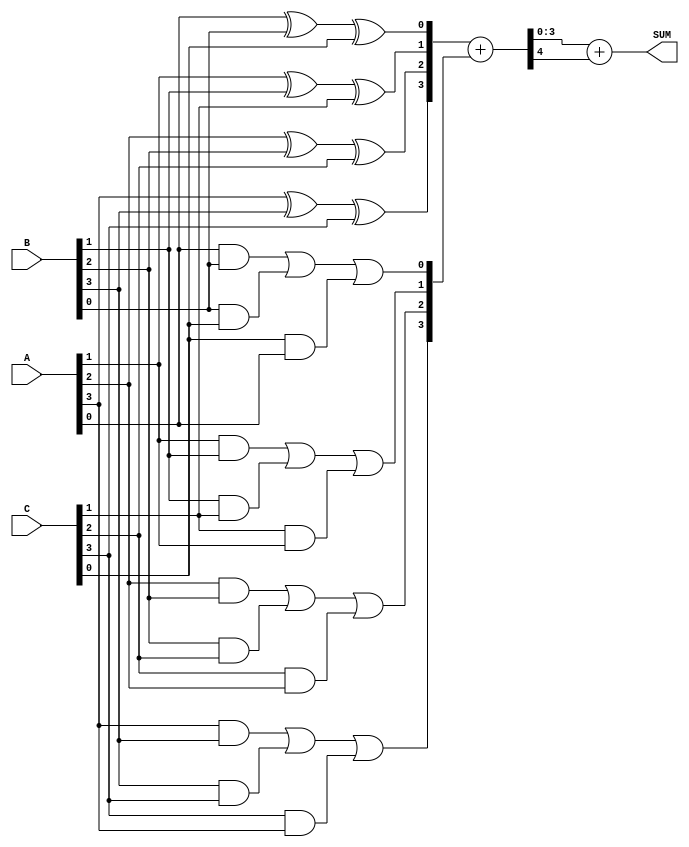
module carry_save_adder (
    input [N-1:0] A, // First operand
    input [N-1:0] B, // Second operand
    input [N-1:0] C, // Third operand
    output [N:0] SUM // Final sum output (N bits + overflow)
);
    parameter N = 4; // Number of bits

    wire [N-1:0] partial_sum;
    wire [N-1:0] carry;

    // Generate partial sums and carries for each bit
    genvar i;
    generate
        for (i = 0; i < N; i = i + 1) begin : CSA_STAGE
            assign partial_sum[i] = A[i] ^ B[i] ^ C[i]; // Partial Sum
            assign carry[i] = (A[i] & B[i]) | (B[i] & C[i]) | (C[i] & A[i]); // Carry
        end
    endgenerate

    // Final addition using a simple ripple carry adder
    wire [N-1:0] final_sum;
    wire [N-1:0] final_carry;
    
    // Final stage: Add partial sums and carries
    assign {final_carry, final_sum} = {1'b0, partial_sum} + {1'b0, carry};

    // Final output: Combine final sum and carry
    assign SUM = final_sum + final_carry; // Final output sum, N bits + carry

endmodule